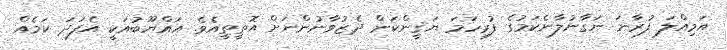
އަމިއްލަ ފުރާނަ ނަގާނުލާނެކަމުގެ ފުރިހަމަ ޔަޤީންކަން ދެޒުވާނުންނަށް އޮތީތީއެވެ. އައްޔޫބުއަކީ އެފަދަ ކަމެއް